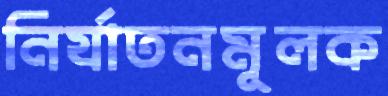
নির্যাতনমূলক